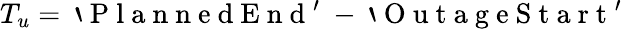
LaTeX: T_{u}=\mathrm{~`~P~l~a~n~n~e~d~E~n~d~'~}-\mathrm{~`~O~u~t~a~g~e~S~t~a~r~t~'~}